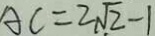
A C = 2 \sqrt { 2 } - 1